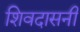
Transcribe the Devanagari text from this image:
शिवदासनी